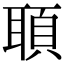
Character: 𦖦